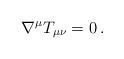
LaTeX: \begin{align*}\nabla ^{\mu }T_{\mu \nu }=0\, .\end{align*}